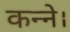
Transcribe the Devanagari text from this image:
कन्ने।